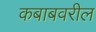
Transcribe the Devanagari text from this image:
कबाबवरील